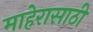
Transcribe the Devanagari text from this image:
माहेरासाठी